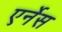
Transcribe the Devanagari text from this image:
एर्नेस